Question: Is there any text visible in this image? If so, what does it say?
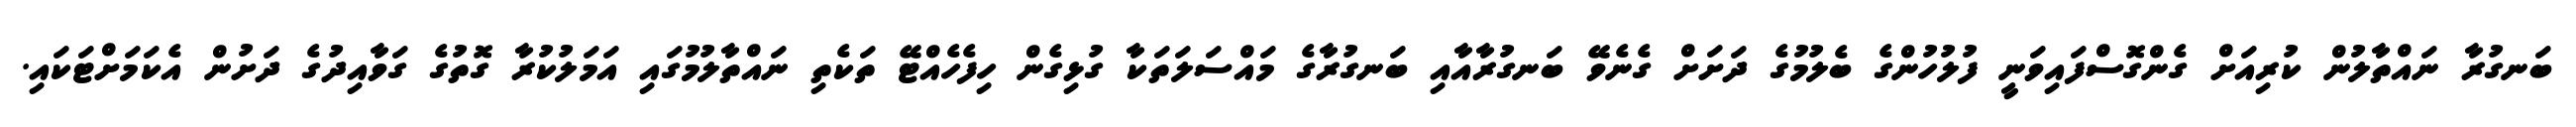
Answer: ބަނގުރާ ނައްތާލުން ކުރިއަށް ގެންގޮސްފައިވަނީ ފުލުހުންގެ ބެލުމުގެ ދަށަށް ގެނެވޭ ބަނގުރާއާއި ބަނގުރާގެ މައްސަލަތަކާ ގުޅިގެން ހިފެހެއްޓޭ ތަކެތި ނައްތާލުމުގައި އަމަލުކުރާ ގޮތުގެ ގަވާއިދުގެ ދަށުން އެކަމަށްޓަކައި.